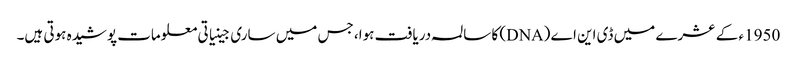
1950ء کے عشرے میں ڈی این اے (DNA) کا سالمہ دریافت ہوا، جس میں ساری جینیاتی معلومات پوشیدہ ہوتی ہیں۔